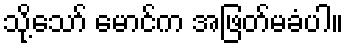
သို့သော် မောင်က အဖြတ်မခံပါ။